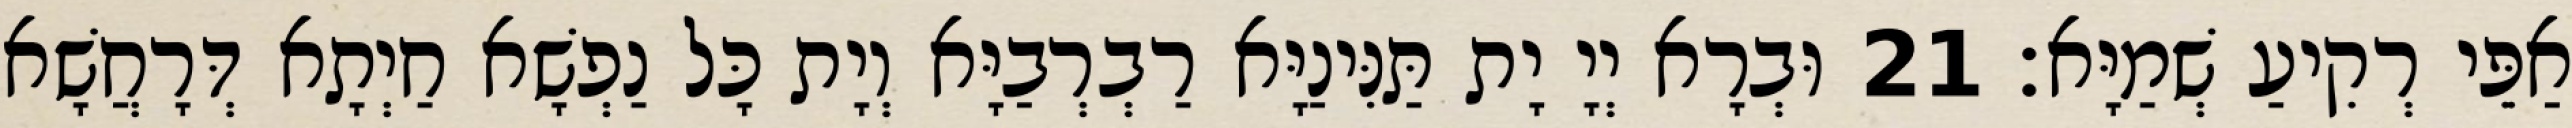
אַפֵּי רְקִיעַ שְׁמַיָּא׃ 21 וּבְרָא יְיָ יָת תַּנִּינַיָּא רַבְרְבַיָּא וְיָת כָּל נַפְשָׁא חַיְתָא דְּרָחֲשָׁא